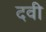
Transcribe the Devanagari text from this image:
दवी